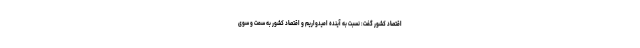
اقتصاد کشور گفت: نسبت به آینده امیدواریم و اقتصاد کشور به سمت و سوی